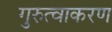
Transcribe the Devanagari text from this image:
गुरुत्वाकरण